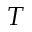
T